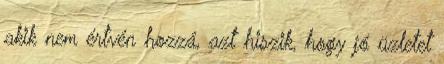
akik nem értvén hozzá, azt hiszik, hogy jó üzletet